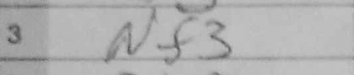
Transcription: Nf3